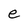
Character: e